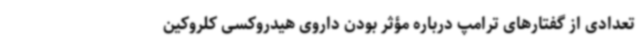
تعدادی از گفتارهای ترامپ درباره مؤثر بودن داروی هیدروکسی کلروکین